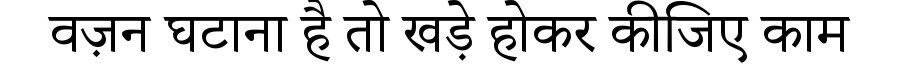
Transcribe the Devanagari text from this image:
वज़न घटाना है तो खड़े होकर कीजिए काम